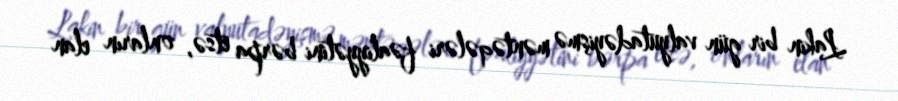
Lakin bir gün valyutadəyişmə məntəqələri fəaliyyətini bərpa etsə, onların elan